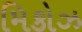
મિકોઝ